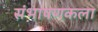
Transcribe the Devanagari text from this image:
संभाषणकला